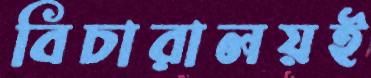
বিচারালয়ই